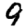
Digit: 9